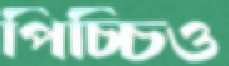
পিচ্চিও